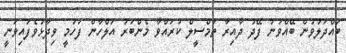
ބައްދަލުވުން ބޭއްވުނު ފޭދު ދާއިރާ ތަމްސީލް ކުރައްވާ މެންބަރު އަލްހާން ފަހުމީ ވިދާޅުވެފައިވަނީ